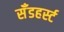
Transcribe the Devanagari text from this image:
सॅँडहर्स्ट